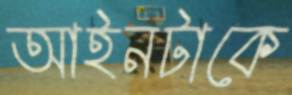
আইনটাকে